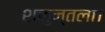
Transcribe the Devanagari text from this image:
शकुन्तला।